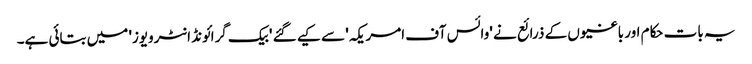
یہ بات حکام اور باغیوں کے ذرائع نے 'وائس آف امریکہ' سے کیے گئے 'بیک گرائونڈ انٹرویوز' میں بتائی ہے۔